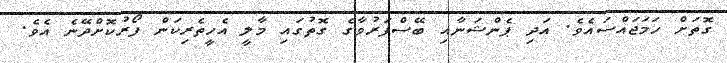
ގޮތަށް ހަމަޖައްސައެވެ. އަދި ޕެންޝަނާއި ބޭސްފަރުވާގެ ގޮތުގައި މާލީ އެހީތެރިކަން ފޯރުކޮށްދޭނެ އެވެ.